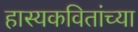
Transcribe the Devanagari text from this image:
हास्यकवितांच्या